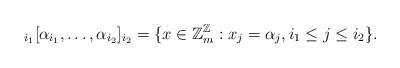
\begin{align*}\mbox{}_{i_1}[\alpha_{i_1}, \ldots, \alpha_{i_2}]_{i_2} = \{ x \in \mathbb{Z}_m^{\mathbb{Z}}: x_j = \alpha_j, i_1 \leq j \leq i_2\}.\end{align*}